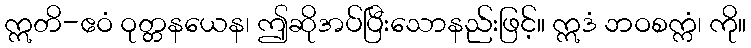
ဣတိ-ဧဝံ ဝုတ္တနယေန၊ ဤဆိုအပ်ပြီးသောနည်းဖြင့်။ ဣဒံ ဘဝစက္ကံ၊ ကို။